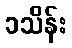
၁သိန်း